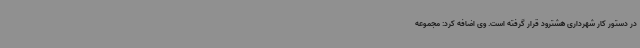
در دستور کار شهرداری هشترود قرار گرفته است. وی اضافه کرد: مجموعه